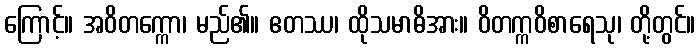
ကြောင့်။ အဝိတက္ကော၊ မည်၏။ ဧတဿ၊ ထိုသမာဓိအား။ ဝိတက္ကဝိစာရေသု၊ တို့တွင်။